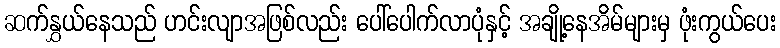
ဆက်နွှယ်နေသည် ဟင်းလျာအဖြစ်လည်း ပေါ်ပေါက်လာပုံနှင့် အချို့နေအိမ်များမှ ဖုံးကွယ်ပေး